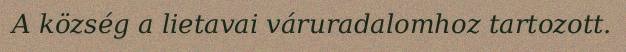
A község a lietavai váruradalomhoz tartozott.